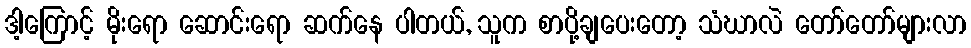
ဒါ့ကြောင့် မိုးရော ဆောင်းရော ဆက်နေ ပါတယ်, သူက စာပို့ချပေးတော့ သံဃာလဲ တော်တော်များလာ